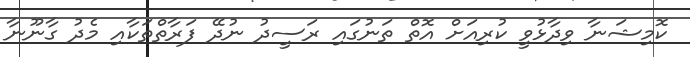
ކޮމިޝަނާ ވިދާޅުވީ ކުރިއަށް އޮތް ތަނުގައި ރަސީދު ނުދޭ ފަރާތްތަކާއި މެދު ގާނޫނާ